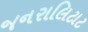
જનરાલિટાટ